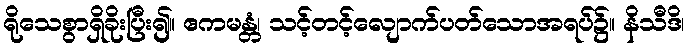
ရိုသေစွာရှိခိုးပြီး၍။ ဧကမန္တံ၊ သင့်တင့်လျောက်ပတ်သောအရပ်၌။ နိသီဒိ၊